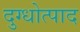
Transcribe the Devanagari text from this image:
दुग्धोत्पाद